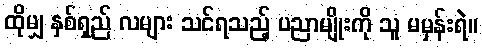
ထိုမျှ နှစ်ရှည် လများ သင်ရသည့် ပညာမျိုးကို သူ မမှန်းရဲ။